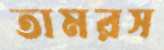
তামরস